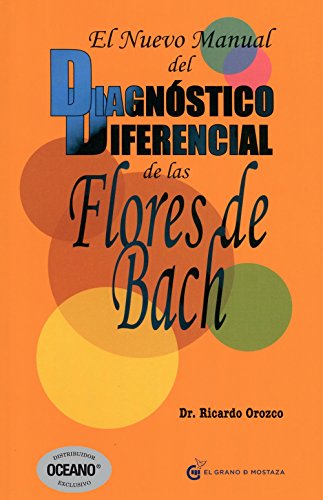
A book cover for El nuevo manual del dianostico diferencial de las Flores de Bach (Spanish Edition); Dr Ricardo Orozco; Health, Fitness & Dieting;